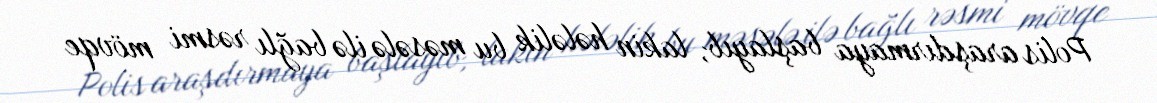
Polis araşdırmaya başlayıb, lakin hələlik bu məsələ ilə bağlı rəsmi mövqe